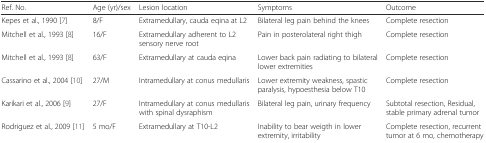
<table><thead><tr><td><b>Ref. No.</b></td><td><b>Age (yr)/sex</b></td><td><b>Lesion location</b></td><td><b>Symptoms</b></td><td><b>Outcome</b></td></tr></thead><tbody><tr><td>Kepes et al., 1990 [7]</td><td>8/F</td><td>Extramedullary, cauda eqina at L2</td><td>Bilateral leg pain behind the knees</td><td>Complete resection</td></tr><tr><td>Mitchell et al., 1993 [8]</td><td>16/F</td><td>Extramedullary adherent to L2 sensory nerve root</td><td>Pain in posterolateral right thigh</td><td>Complete resection</td></tr><tr><td>Mitchell et al., 1993 [8]</td><td>63/F</td><td>Extramedullary at cauda eqina</td><td>Lower back pain radiating to bilateral lower extremities</td><td>Complete resection</td></tr><tr><td>Cassarino et al., 2004 [10]</td><td>27/M</td><td>Intramedullary at conus medullaris</td><td>Lower extremity weakness, spastic paralysis, hypoesthesia below T10</td><td>Complete resection</td></tr><tr><td>Karikari et al., 2006 [9]</td><td>27/F</td><td>Intramedullary at conus medullaris with spinal dysraphism</td><td>Bilateral leg pain, urinary frequency</td><td>Subtotal resection, Residual, stable primary adrenal tumor</td></tr><tr><td>Rodriguez et al., 2009 [11]</td><td>5 mo/F</td><td>Extramedullary at T10-L2</td><td>Inability to bear weigth in lower extremity, irritability</td><td>Complete resection, recurrent tumor at 6 mo, chemotherapy</td></tr></tbody></table>